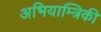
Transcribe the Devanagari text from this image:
अभियाम्त्रिकी